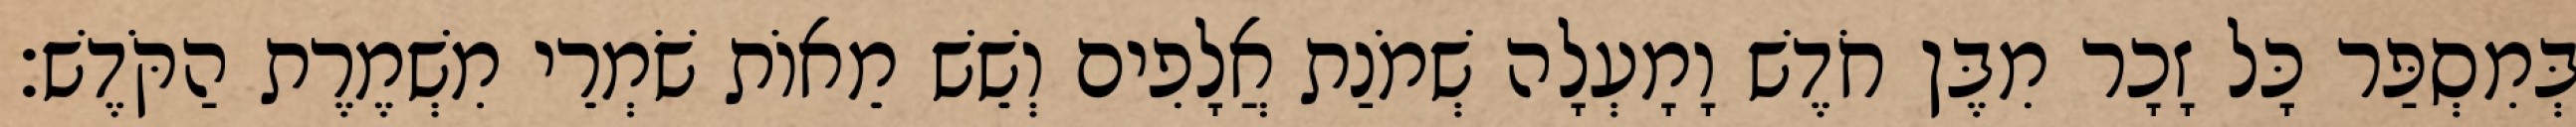
בְּמִסְפַּר כָּל זָכָר מִבֶּן חֹדֶשׁ וָמָעְלָה שְׁמֹנַת אֲלָפִים וְשֵׁשׁ מֵאוֹת שֹׁמְרֵי מִשְׁמֶרֶת הַקֹּדֶשׁ׃